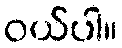
ဝယ်ပါ။